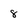
Character: 8